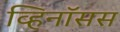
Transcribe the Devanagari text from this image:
व्हिनॉसस